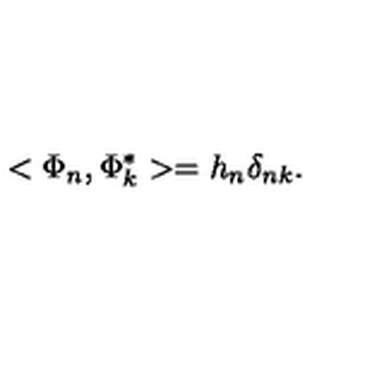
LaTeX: < \Phi _ { n } , \Phi _ { k } ^ { * } > = h _ { n } \delta _ { n k } .